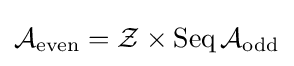
{\mathcal {A}}_{\text{even}}={\mathcal {Z}}\times \operatorname {Seq} {\mathcal {A}}_{\text{odd}}